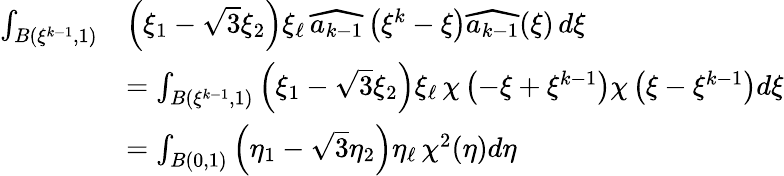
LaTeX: \begin{array}{rl}{\int_{B(\xi^{k-1},1)}}&{\left(\xi_{1}-\sqrt{3}\xi_{2}\right)\xi_{\ell}\, \widehat{a_{k-1}}\left(\xi^{k}-\xi\right)\widehat{a_{k-1}}(\xi)\, d\xi}\\ &{=\int_{B(\xi^{k-1},1)}\left(\xi_{1}-\sqrt{3}\xi_{2}\right)\xi_{\ell}\, \chi\left(-\xi+\xi^{k-1}\right)\chi\left(\xi-\xi^{k-1}\right)d\xi}\\ &{=\int_{B(0,1)}\left(\eta_{1}-\sqrt{3}\eta_{2}\right)\eta_{\ell}\, \chi^{2}(\eta)d\eta}\end{array}